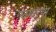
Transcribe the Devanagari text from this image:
गठणार्‍या